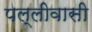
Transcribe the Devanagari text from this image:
पल्लीवासी